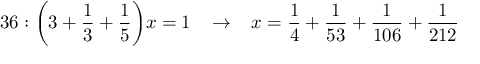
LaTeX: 3 6 : { \bigg ( } 3 + { \frac { 1 } { 3 } } + { \frac { 1 } { 5 } } { \bigg ) } x = 1 \; \; \; \rightarrow \; \; \; x = { \frac { 1 } { 4 } } + { \frac { 1 } { 5 3 } } + { \frac { 1 } { 1 0 6 } } + { \frac { 1 } { 2 1 2 } }